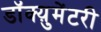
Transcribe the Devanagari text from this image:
डॉक्य़ुमेंटरी